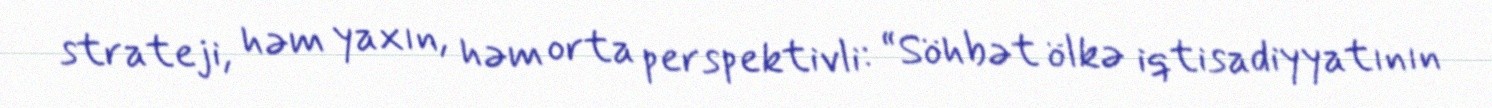
strateji, həm yaxın, həm orta perspektivli: “Söhbət ölkə iqtisadiyyatının